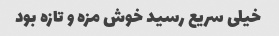
خیلی سریع رسید خوش مزه و تازه بود